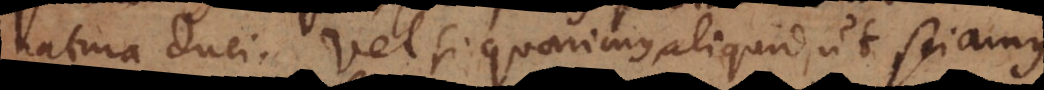
natura duci. Vel si quaerimus aliquid, ut sciamus